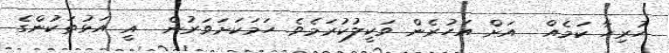
ހުރިހާ ކަމެއް  އަށް އަހުރެން ވަކީލުކުރަމެވެ. ހަމަކަށަވަރުން  އީ އަޅުތަކުންގެ